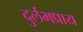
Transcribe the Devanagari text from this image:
दुर्लभप्राय